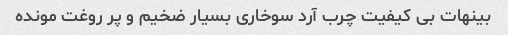
بینهات بی کیفیت چرب آرد سوخاری بسیار ضخیم و پر روغت مونده